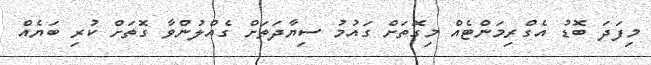
މިފަދަ ބޮޑު އެގްރިމަންޓެއް މިގޮތަށް ގައުމު ސިޔާދަތަށް ގެއްލުންވާ ގޮތަށް ކުރި ބަޔެއް